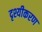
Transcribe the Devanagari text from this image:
दृश्यीकरण